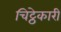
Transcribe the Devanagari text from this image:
चिट्ठेकारी